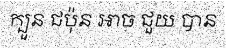
ក្បួន ជប៉ុន អាច ជួយ បាន